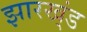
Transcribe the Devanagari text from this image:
झारख्ंड